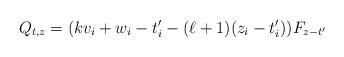
LaTeX: \begin{align*} Q_{t,z} = (kv_i + w_i - t_i' - (\ell+1)(z_i - t'_i)) F_{z-t'}\end{align*}